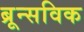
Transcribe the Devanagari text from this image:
ब्रून्सविक